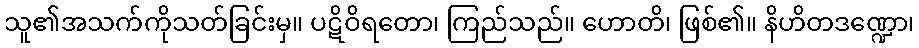
သူ၏အသက်ကိုသတ်ခြင်းမှ။ ပဋိဝိရတော၊ ကြည်သည်။ ဟောတိ၊ ဖြစ်၏။ နိဟိတဒဏ္ဍော၊